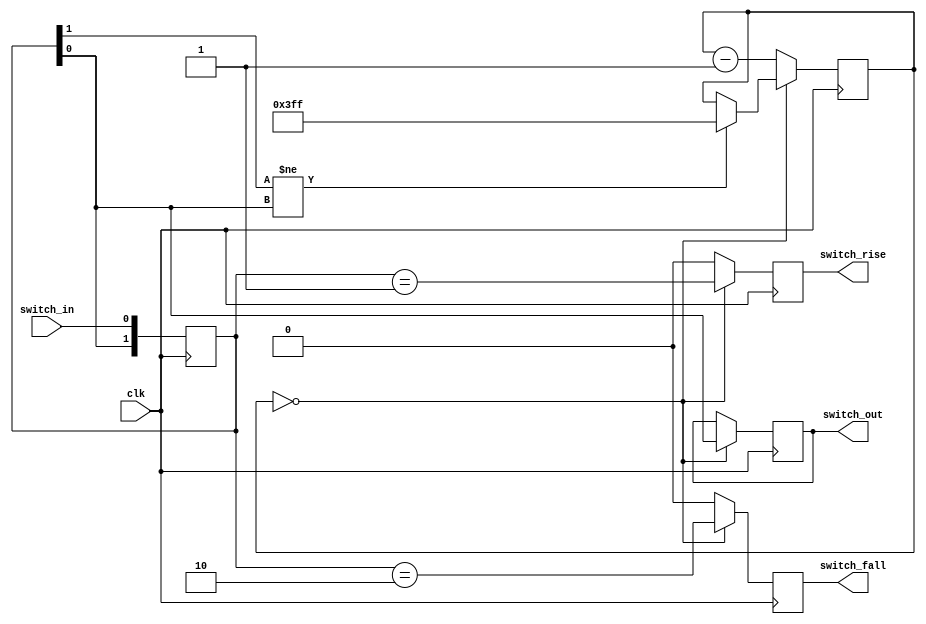
`timescale 1ns / 1ns
module debounce
  #(
    parameter width = 1,
    parameter bounce_limit = 1024
    )
  (
   input clk,
   input [width-1:0] switch_in,
   output reg [width-1:0] switch_out,
   output reg [width-1:0] switch_rise,
   output reg [width-1:0] switch_fall
   );

  genvar  i;
  generate
    for (i=0; i<width;i=i+1)
      begin
	reg [$clog2(bounce_limit)-1:0] bounce_count = 0;
	reg switch_latched = 0;
	reg switch_latched_state = 0;

	reg [1:0] switch_shift = 0;
	always @(posedge clk)
	  switch_shift <= {switch_shift,switch_in[i]};

	always @(posedge clk)
	  if (bounce_count == 0)
	    begin
	      switch_rise[i] <= switch_shift == 2'b01;
	      switch_fall[i] <= switch_shift == 2'b10;
	      switch_out[i] <= switch_shift[0];
	      if (switch_shift[1] != switch_shift[0])
		bounce_count <= bounce_limit-1;
	    end
	  else
	    begin
	      switch_rise[i] <= 0;
	      switch_fall[i] <= 0;
	      bounce_count <= bounce_count-1;
	    end
      end
  endgenerate
endmodule